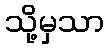
သို့မှသာ